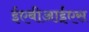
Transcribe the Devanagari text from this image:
ईएबीआईएस